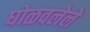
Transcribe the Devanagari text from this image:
घोळवलेले